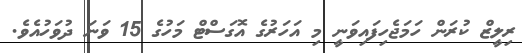
ރިލީޒް ކުރަން ހަމަޖެހިފައިވަނީ މި އަހަރުގެ އޮގަސްޓް މަހުގެ 15 ވަނަ ދުވަހުއެވެ.